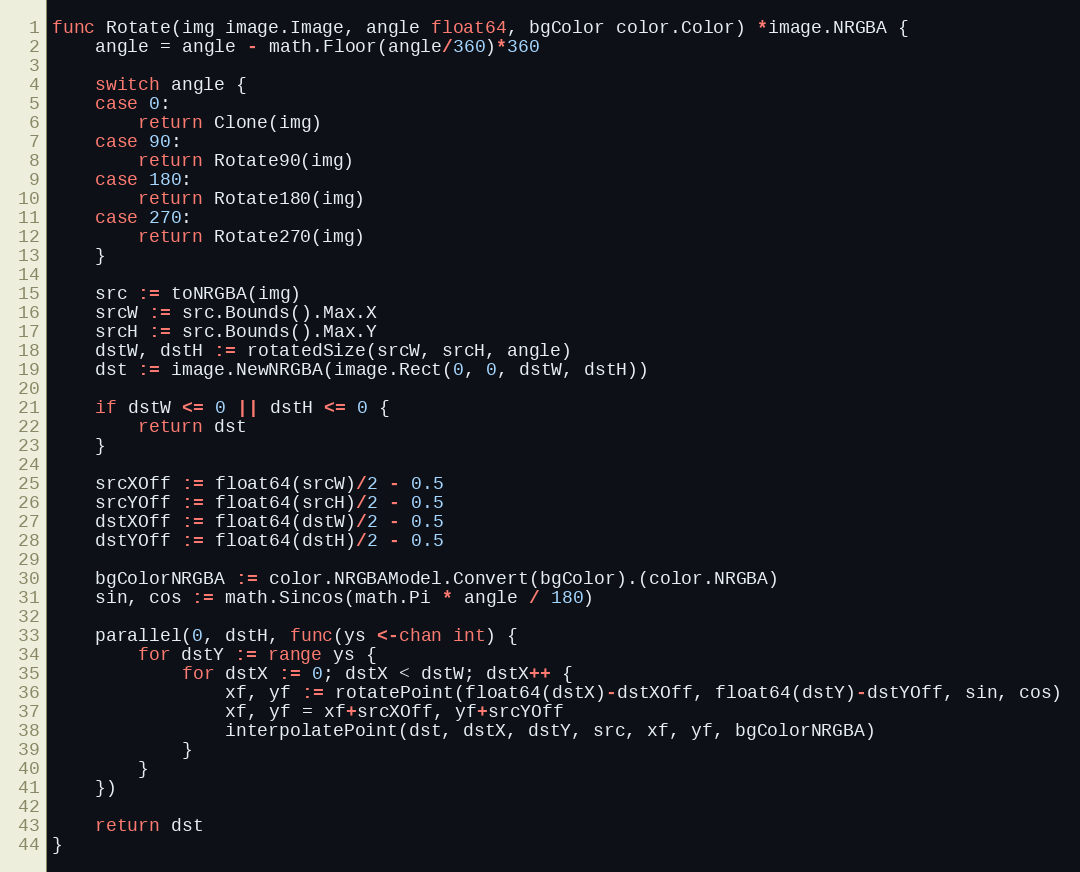
Language: Go
func Rotate(img image.Image, angle float64, bgColor color.Color) *image.NRGBA {
	angle = angle - math.Floor(angle/360)*360

	switch angle {
	case 0:
		return Clone(img)
	case 90:
		return Rotate90(img)
	case 180:
		return Rotate180(img)
	case 270:
		return Rotate270(img)
	}

	src := toNRGBA(img)
	srcW := src.Bounds().Max.X
	srcH := src.Bounds().Max.Y
	dstW, dstH := rotatedSize(srcW, srcH, angle)
	dst := image.NewNRGBA(image.Rect(0, 0, dstW, dstH))

	if dstW <= 0 || dstH <= 0 {
		return dst
	}

	srcXOff := float64(srcW)/2 - 0.5
	srcYOff := float64(srcH)/2 - 0.5
	dstXOff := float64(dstW)/2 - 0.5
	dstYOff := float64(dstH)/2 - 0.5

	bgColorNRGBA := color.NRGBAModel.Convert(bgColor).(color.NRGBA)
	sin, cos := math.Sincos(math.Pi * angle / 180)

	parallel(0, dstH, func(ys <-chan int) {
		for dstY := range ys {
			for dstX := 0; dstX < dstW; dstX++ {
				xf, yf := rotatePoint(float64(dstX)-dstXOff, float64(dstY)-dstYOff, sin, cos)
				xf, yf = xf+srcXOff, yf+srcYOff
				interpolatePoint(dst, dstX, dstY, src, xf, yf, bgColorNRGBA)
			}
		}
	})

	return dst
}